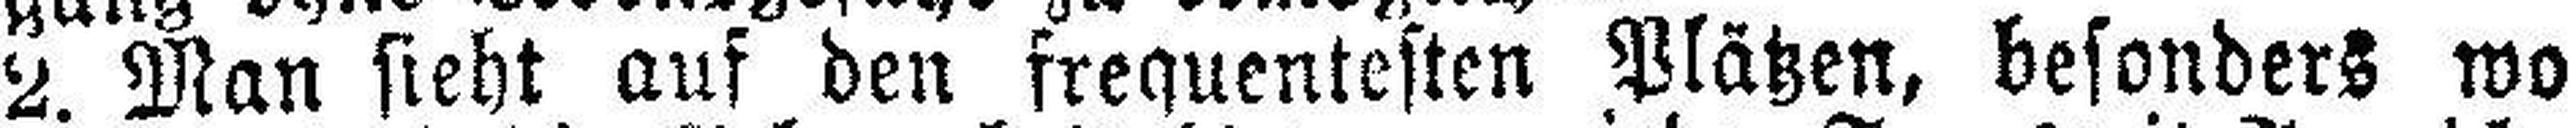
2. Man sieht auf den frequentesten Plätzen, besonders wo